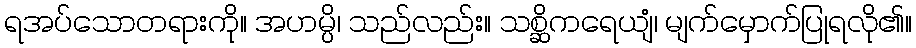
ရအပ်သောတရားကို။ အဟမ္ပိ၊ သည်လည်း။ သစ္ဆိကရေယျံ၊ မျက်မှောက်ပြုရလို၏။